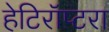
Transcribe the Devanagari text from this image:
हेटिरॉप्टरा